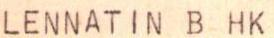
LENNATIN B HK